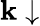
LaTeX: \mathbf{k}\downarrow